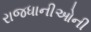
રાજધાનીઓની